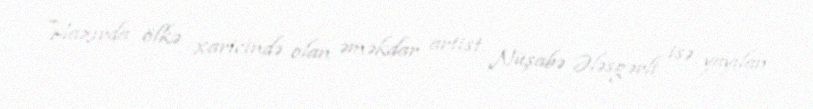
Hazırda ölkə xaricində olan əməkdar artist Nüşabə Ələsgərli isə yayılan